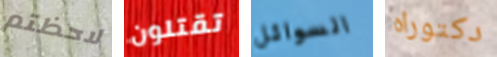
لاحظتم تقتلون السوائل دكتوراه